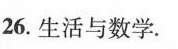
26.生活与数学.